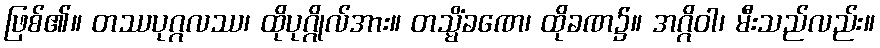
ဖြစ်၏။ တဿပုဂ္ဂလဿ၊ ထိုပုဂ္ဂိုလ်အား။ တသ္မိံခဏေ၊ ထိုခဏ၌။ အဂ္ဂိဝါ၊ မီးသည်လည်း။